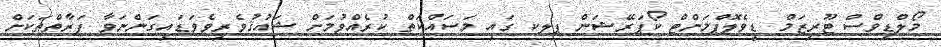
މޯލްޑިވްސް ޓޫރިޒަމް ޑިވެލޮޕްމަންޓް ކޯޕަރޭޝަން ޕލކ ގައި މަސައްކަތް ކުރެއްވުމަށް ޝައުޤުވެރިވެވަޑައިގަންނަވާ ފަރާތްތަކަށް